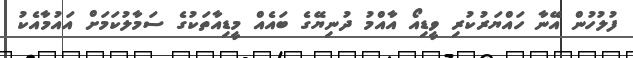
ފުލުހުން އޭނާ ހައްޔަރުކުރި ވީޑިއޯ އާއްމު ދުނިޔޭގެ ބައެއް މީޑިއާތަކުގެ ސަމާލުކަމަށް އައުމާއެކު